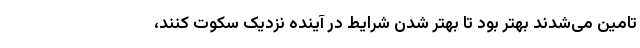
تامین می‌شدند بهتر بود تا بهتر شدن شرایط در آینده نزدیک سکوت کنند،